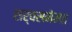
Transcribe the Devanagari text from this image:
सर्वसमेमत